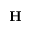
\mathbf { H }